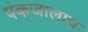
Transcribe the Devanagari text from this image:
पंकजालाच